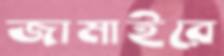
জামাইরে